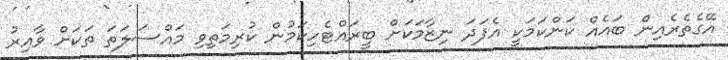
އޭގެތެރެއިން ބައެއް ކަންކަމަކީ އެފަދަ ނިޒާމަކަށް ބީރައްޓެހިކަމުން ކުރިމަތިވި މައްސަލަތަ ތަކަށް ވާއިރު